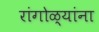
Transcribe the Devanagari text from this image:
रांगोळ्यांना